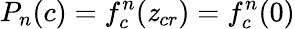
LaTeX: P_{n}(c)=f_{c}^{n}(\mathit{z}_{cr})=f_{c}^{n}(0)